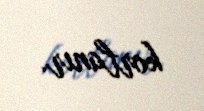
korlanır.